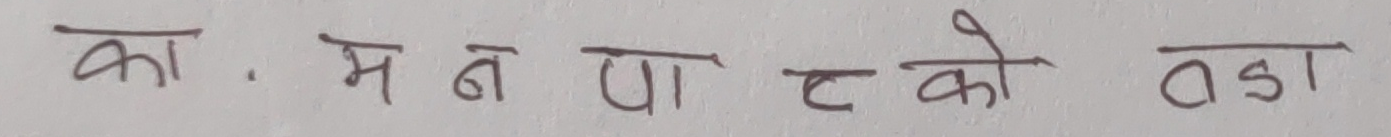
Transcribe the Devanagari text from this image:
का, मन पा टको तडा